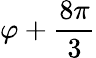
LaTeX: \varphi+\frac{8\pi}{3}